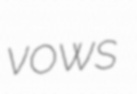
vows